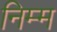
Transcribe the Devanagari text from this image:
निम्‍म